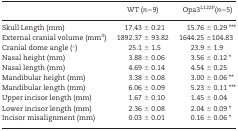
|  | WT (n=9) | Opa3L122P(n=5) |
 | --- | --- | --- |
 | Skull Length (mm) | 17.43 ± 0.21 | 15.76 ± 0.29 *** |
 | External cranial volume (mm3) | 1892.37 ± 93.82 | 1644.25 ±104.83 |
 | Cranial dome angle (°) | 25.1 ± 1.5 | 23.9 ± 1.9 |
 | Nasal height (mm) | 3.88 ± 0.06 | 3.56 ± 0.12 * |
 | Nasal length (mm) | 4.69 ± 0.14 | 4.54 ± 0.25 |
 | Mandibular height (mm) | 3.38 ± 0.08 | 3.00 ± 0.06 ** |
 | Mandibular length (mm) | 6.06 ± 0.09 | 5.23 ± 0.11 *** |
 | Upper incisor length (mm) | 1.67 ± 0.10 | 1.45 ± 0.04 |
 | Lower incisor length (mm) | 2.36 ± 0.08 | 2.04 ± 0.09 * |
 | Incisor misalignment (mm) | 0.03 ± 0.01 | 0.16 ± 0.06 * |